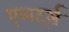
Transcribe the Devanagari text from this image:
एलर्ट्स